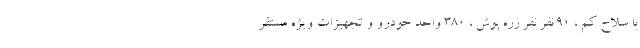
با سلاح کم ، 90 نفر نفر زره پوش ، 380 واحد خودرو و تجهیزات ویژه مستقر